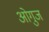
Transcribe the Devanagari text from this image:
ओगुज